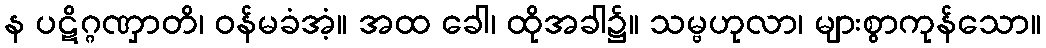
န ပဋိဂ္ဂဏှာတိ၊ ဝန်မခံအံ့။ အထ ခေါ၊ ထိုအခါ၌။ သမ္ဗဟုလာ၊ များစွာကုန်သော။